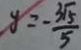
y = - \frac { 3 \sqrt { 5 } } { 5 }